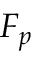
F _ { p }